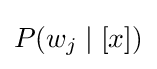
\textstyle P(w_{j}\mid [x])